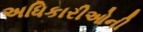
અધિકારીઓની